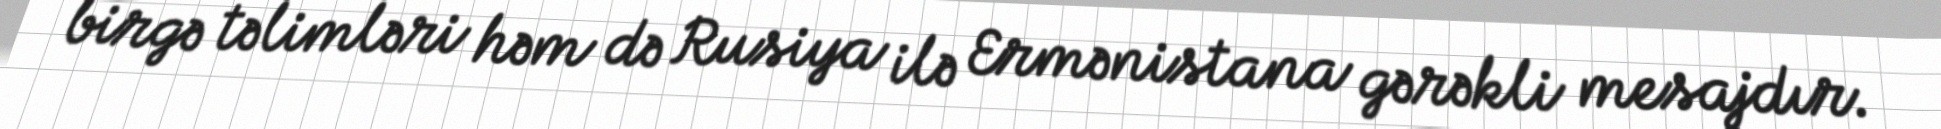
birgə təlimləri həm də Rusiya ilə Ermənistana gərəkli mesajdır.